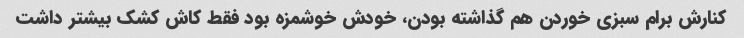
کنارش برام سبزی خوردن هم گذاشته بودن، خودش خوشمزه بود فقط کاش کشک بیشتر داشت